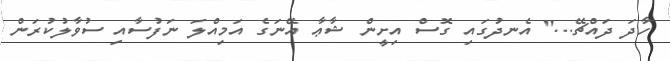
ހާދަ ދައްޗޭ...'' އެނދުގައި ގޮސް އިށީން ޝާޢާ އޭނަގެ އަމިއްލަ ނަފުސާއި ސުވާލުކުރަން